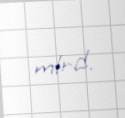
mlrd.